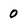
Character: 0